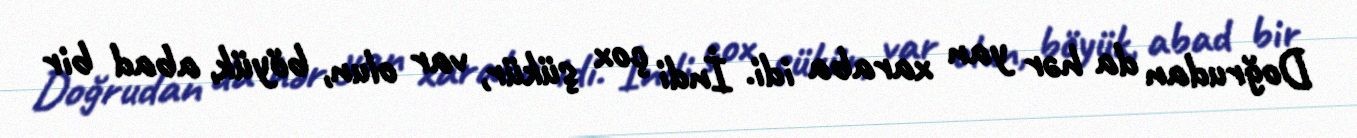
Doğrudan da hər yan xaraba idi. İndi çox şükür, var olun, böyük, abad bir